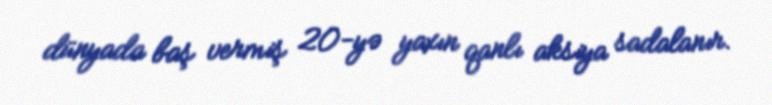
dünyada baş vermiş 20-yə yaxın qanlı aksiya sadalanır.